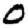
Digit: 0